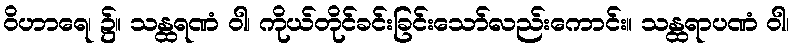
ဝိဟာရေ၊ ၌။ သန္ထရဏံ ဝါ၊ ကိုယ်တိုင်ခင်းခြင်းသော်လည်းကောင်း။ သန္ထရာပဏံ ဝါ၊